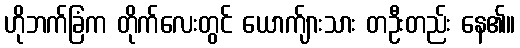
ဟိုဘက်ခြံက တိုက်လေးတွင် ယောက်ျားသား တဦးတည်း နေ၏။